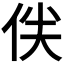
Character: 𠈖